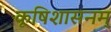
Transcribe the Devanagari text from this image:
कृषिशासनम्